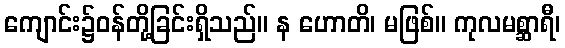
ကျောင်း၌ဝန်တို့ခြင်းရှိသည်။ န ဟောတိ၊ မဖြစ်။ ကုလမစ္ဆာရီ၊